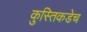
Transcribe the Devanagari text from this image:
कुस्तिकडेच